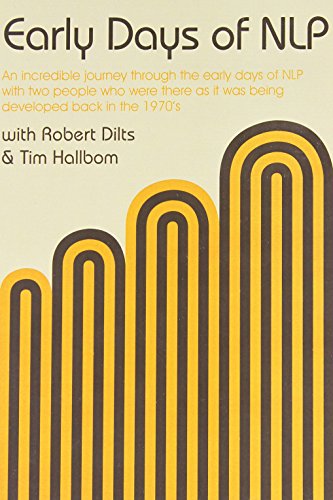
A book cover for Early Days of Nlp; Robert Dilts; Self-Help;